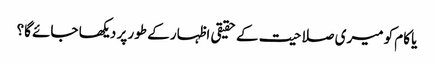
یا کام کو میری صلاحیت کے حقیقی اظہار کے طور پر دیکھا جائے گا؟